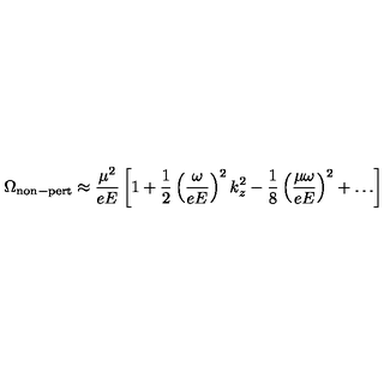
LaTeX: \Omega _ { \mathrm { n o n - p e r t } } \approx \frac { \mu ^ { 2 } } { e E } \left[ 1 + \frac { 1 } { 2 } \left( \frac { \omega } { e E } \right) ^ { 2 } k _ { z } ^ { 2 } - \frac { 1 } { 8 } \left( \frac { \mu \omega } { e E } \right) ^ { 2 } + \dots \right]